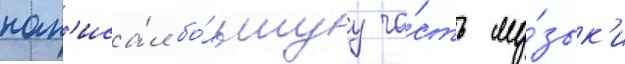
нап'иса́л бо́льшуу ча́сть му́зык'и